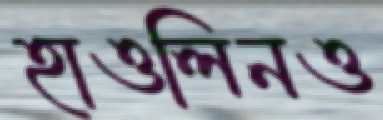
হাওলিনও